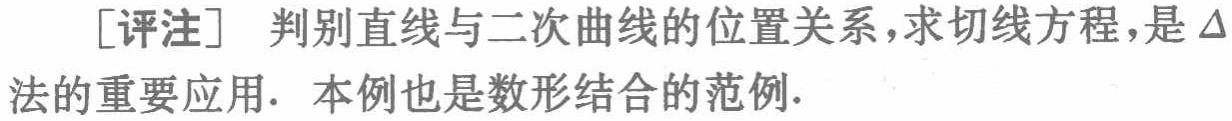
[评注] 判别直线与二次曲线的位置关系，求切线方程，是$\Delta$法的重要应用. 本例也是数形结合的范例.